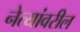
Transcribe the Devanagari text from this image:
नेत्यांवरील